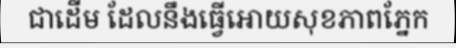
ជាដើម ដែលនឹងធ្វើអោយសុខភាពភ្នែក